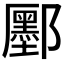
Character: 𫑮